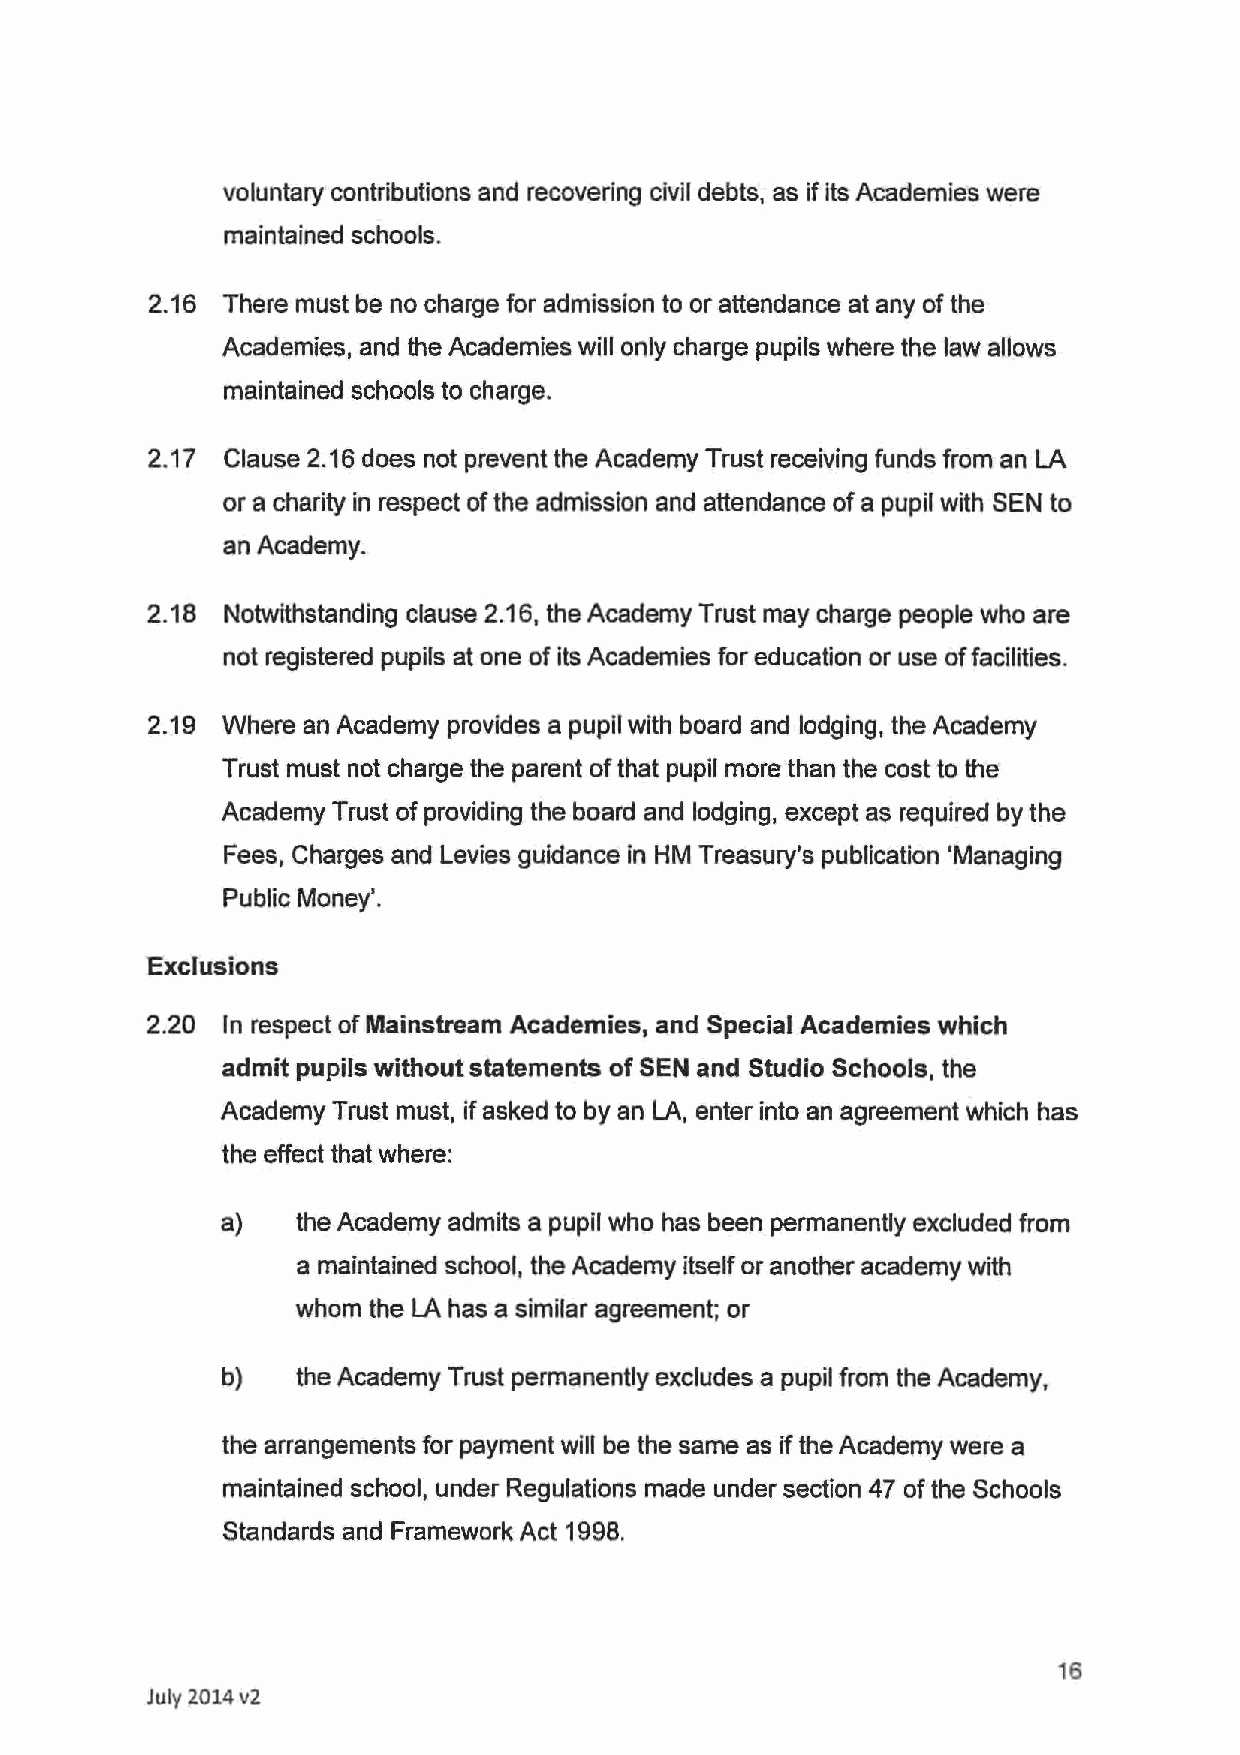
voluntary contributions and recovering civil debts, as if its Academies were
 maintained schools.
 2.16 There must be no charge for admission to or attendance at any of the
 Academies, and the Academies will only charge pupils where the law allows
 maintained schools to charge.
 2.17 Clause 2.16 does not prevent the Academy Trust receiving funds from an LA
 or a charity in respect of the admission and attendance of a pupil with SEN to
 an Academy.
 2.18 Notwithstanding clause 2.16, the Academy Trust may charge people who are
 not registered pupils at one of its Academies for education or use of facilities.
 2.19 Where an Academy provides a pupil with board and lodging, the Academy
 Trust must not charge the parent of that pupil more than the cost to the
 Academy Trust of providing the board and lodging, except as required by the
 Fees, Charges and Levies guidance in HM Treasury's publication 'Managing
 Public Money'.
 Exclusions
 2.20 In respect of Mainstream Academies, and Special Academies which
 admit pupils without statements of SEN and Studio Schools, the
 Academy Trust must, if asked to by an LA, enter into an agreement which has
 the effect that where:
 a)   the Academy admits a pupil who has been permanently excluded from
 a maintained school, the Academy itself or another academy with
 whom the LA has a similar agreement; or
 b)   the Academy Trust permanently excludes a pupil from the Academy,
 the arrangements for payment will be the same as if the Academy were a
 maintained school, under Regulations made under section 47 of the Schools
 Standards and Framework Act 1998.
 16
 July 2014v2